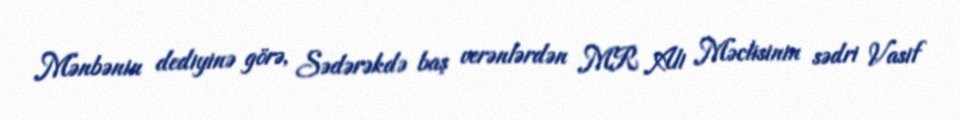
Mənbənin dediyinə görə, Sədərəkdə baş verənlərdən MR Ali Məclisinin sədri Vasif